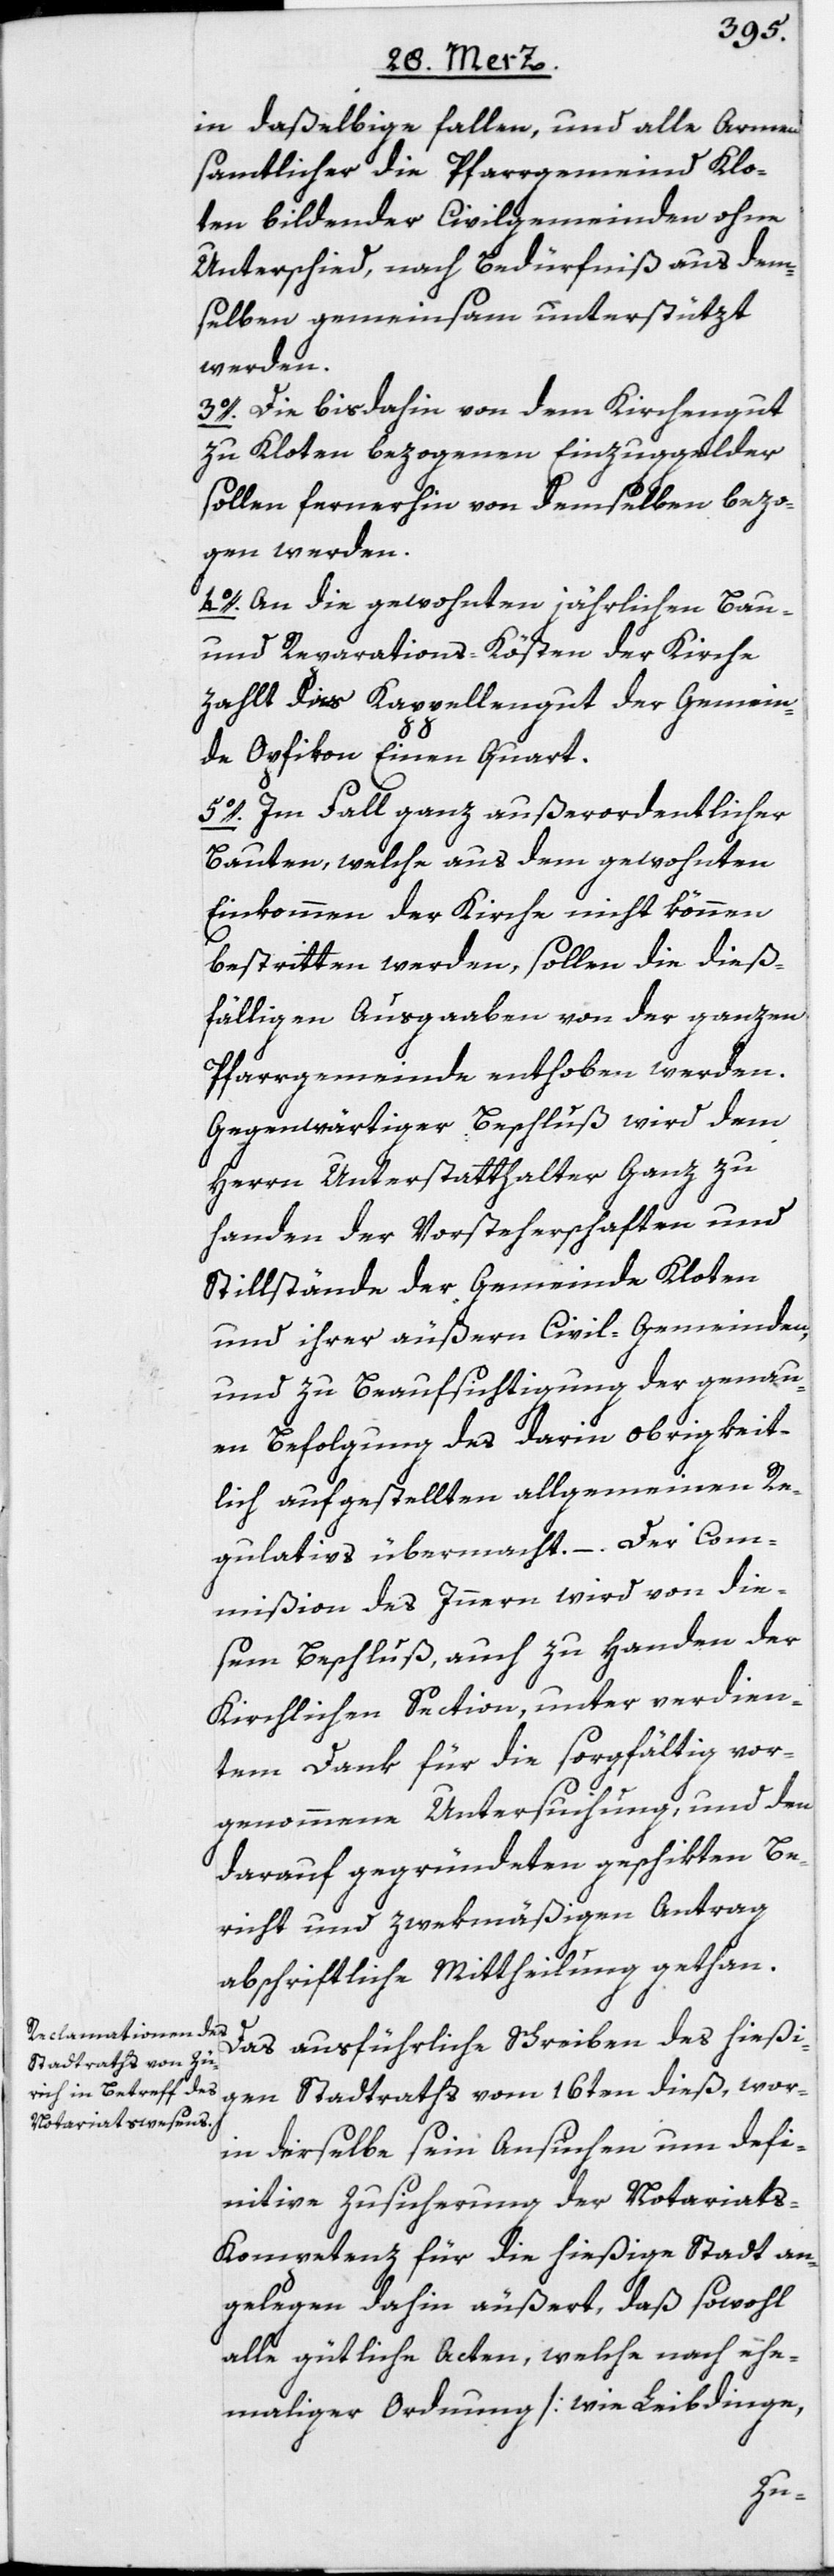
in daßelbige fallen, und alle Armen
samtlicher die Pfarrgemeind Klo¬
ten bildender Civilgemeinden ohne
Unterschied, nach Bedürfniß aus dem¬
selben gemeinsam unterstützt
werden.
3o. Die bisdahin von dem Kirchengut
zu Kloten bezogenen Einzugsgelder
sollen fernerhin von demselben bezo¬
gen werden.
4o. An die gewohnten jährlichen Bau-
und Reparations-Kösten der Kirche
zahlt das Kappellengut der Gemein¬
de Opfikon Einen Quart.
5o. Im Fall ganz außerordentlicher
Bauten, welche aus dem gewohnten
Einkommen der Kirche nicht können
bestritten werden, sollen die dieß¬
fälligen Ausgaben von der ganzen
Pfarrgemeinde enthoben werden.
Gegenwärtiger Beschluß wird dem
Herrn Unterstatthalter Ganz zu
handen der Vorsteherschaften und
Stillstände der Gemeinde Kloten
und ihrer äußern Civil-Gemeinden,
und zu Beaufsichtigung der genau¬
en Befolgung des darin obrigkeit¬
lich aufgestellten allgemeinen Re¬
gulativs übermacht. – Der Com¬
mißion des Innern wird von die¬
sem Beschluß, auch zu Handen der
Kirchlichen Section, unter verdien¬
tem Dank für die sorgfältig vor¬
genommene Untersuchung, und den
darauf gegründeten geschikten Be¬
richt und zwekmäßigen Antrag
abschriftliche Mittheilung gethan.
Das ausführliche Schreiben des hießi¬
gen Stadtraths vom 16ten dieß, wor¬
in derselbe sein Ansuchen um defi¬
nitive Zusicherung der Notariats-K¬
ompetenz für die hießige Stadt an¬
gelegen dahin äußert, daß sowohl
alle gütliche Acten, welche nach ehe¬
maliger Ordnung [wie Leibdinge,